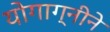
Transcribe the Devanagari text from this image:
योगाग्नीने